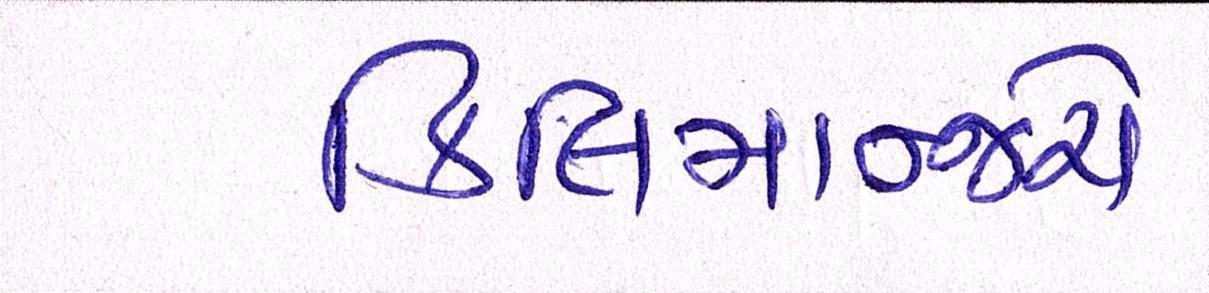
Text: કિલિમાન્જરો